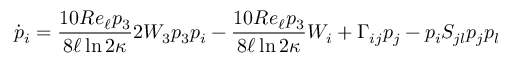
\dot { p } _ { i } = \frac { 1 0 R e _ { \ell } p _ { 3 } } { 8 \ell \ln { 2 \kappa } } 2 W _ { 3 } p _ { 3 } p _ { i } - \frac { 1 0 R e _ { \ell } p _ { 3 } } { 8 \ell \ln { 2 \kappa } } W _ { i } + \Gamma _ { i j } p _ { j } - p _ { i } S _ { j l } p _ { j } p _ { l }